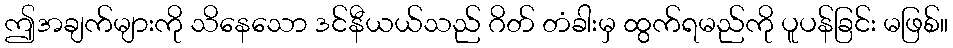
ဤအချက်များကို သိနေသော ဒင်နီယယ်သည် ဂိတ် တံခါးမှ ထွက်ရမည်ကို ပူပန်ခြင်း မဖြစ်။